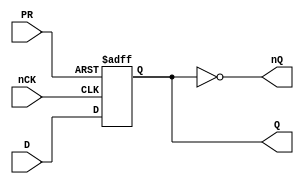
// This program was cloned from: https://github.com/furrtek/Arcade-TMNT_MiSTer
// License: GNU General Public License v2.0

// Fujitsu AV cell
// Power DFF with PRESET
// furrtek 2022

`timescale 1ns/100ps

module FD3(
	input nCK,
	input D,
	input PR,
	output reg Q = 1'b0,
	output nQ
);

	always @(negedge nCK or negedge PR) begin	// Posedge ?
		if (!PR)
			Q <= 1'b1;	// tmax = 5.2ns
		else
			Q <= D;		// tmax = 5.4ns
	end
	
	assign nQ = ~Q;

endmodule